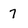
Character: 7